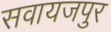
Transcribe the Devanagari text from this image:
सवायजपुर